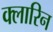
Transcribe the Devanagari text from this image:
क्लारिन